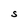
Character: S